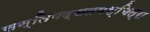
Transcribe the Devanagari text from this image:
सन्तिपद्धतयश्चित्रा